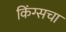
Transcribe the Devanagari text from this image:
किंग्सचा